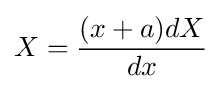
X={\frac {(x+a)dX}{dx}}